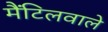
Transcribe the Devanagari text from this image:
मैंटिलवाले